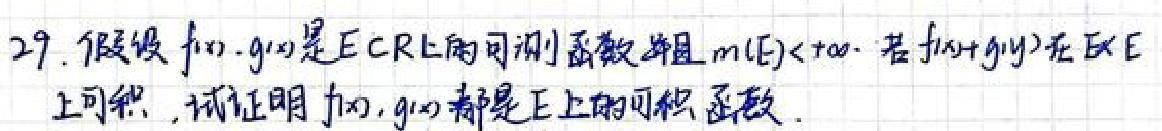
29. 假设 \(f(x),g(x)\) 是 \(E\subset\mathbb{R}\) 上的可测函数并且 \(m(E)<+\infty\). 若 \(f(x)+g(y)\) 在 \(E\times E\) 上可积, 试证明 \(f(x),g(x)\) 都是 \(E\) 上的可积函数.